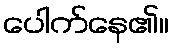
ပေါက်နေ၏။